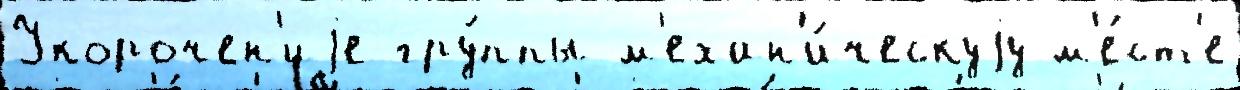
Укорочен'иjе гру́ппы м'ехан'и́ческуjу м'е́ст'е